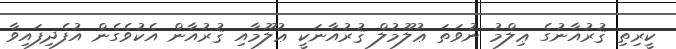
ކީރިތި ޤުރުއާނުގެ ޢިލްމު ނުވަތަ ޢުލޫމުލް ޤުރުއާނަކީ ޢުލޫމާއި ޤުރުއާން އެކުވެގެން އުފެދިފައިވާ